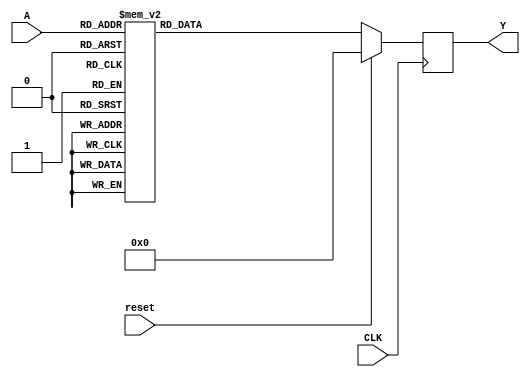
module dekoder_3(
   input [2:0]       A,
   output reg [7:0]  Y,
   input             reset,
   input             CLK
);

  always @(posedge CLK)
  	if (reset)
    	Y <= 8'h0;
  	else
      case (A)
        3'b000  : Y <= 8'b00000001;
        3'b001  : Y <= 8'b00000010;
        3'b010  : Y <= 8'b00000100;
        3'b011  : Y <= 8'b00001000;
        3'b100  : Y <= 8'b00010000;
        3'b101  : Y <= 8'b00100000;
        3'b110  : Y <= 8'b01000000;
        3'b111  : Y <= 8'b10000000;
        default : Y <= 8'b00000000;
    	endcase
endmodule

//zadania:
//1 implementacja
//zeby nie korzysta z linii dedykowanych dla zegara
//nalezy dodac odpowiednia dyrektywe w .xdc
//(info niededykowana_linia_zegarowa.txt w katalogu glownym)